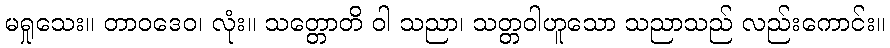
မရှုသေး။ တာဝဒေဝ၊ လုံး။ သတ္တောတိ ဝါ သညာ၊ သတ္တဝါဟူသော သညာသည် လည်းကောင်း။